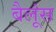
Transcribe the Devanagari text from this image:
बैलूंस